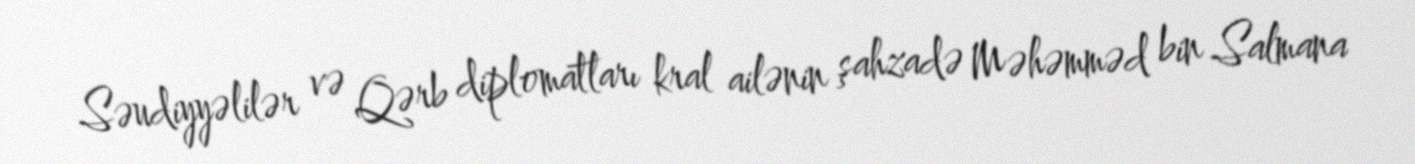
Səudiyyəlilər və Qərb diplomatları kral ailənin şahzadə Məhəmməd bin Salmana